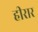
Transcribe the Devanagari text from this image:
हीरार